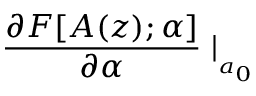
\frac { \partial F [ A ( z ) ; \alpha ] } { \partial \alpha } \mid _ { _ { a _ { 0 } } }